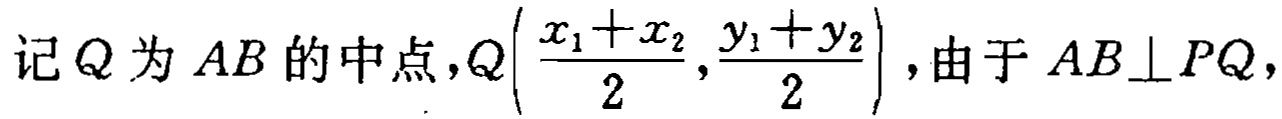
记$Q$为$AB$的中点，$Q\left(\frac{x_{1}+x_{2}}{2},\frac{y_{1}+y_{2}}{2}\right)$，由于$AB\perp PQ$，